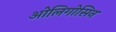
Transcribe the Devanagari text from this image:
ओलिगोसिन